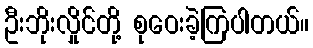
ဦးဘိုးလှိုင်တို့ စုဝေးခဲ့ကြပါတယ်။